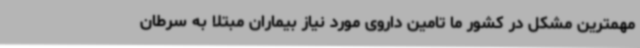
مهمترین مشکل در کشور ما تامین داروی مورد نیاز بیماران مبتلا به سرطان